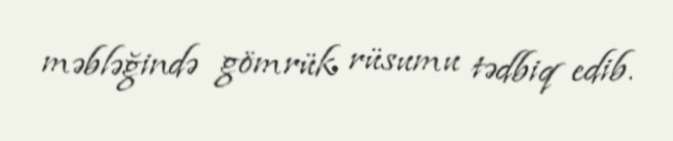
məbləğində gömrük rüsumu tədbiq edib.